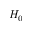
H _ { 0 }